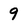
Character: 9